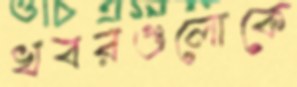
খবরগুলোকে